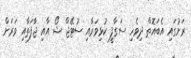
ރަށުގައި އެބައޮތް ދިވެހި ސަގާފީ ކުޅިވަރާއި ސުޓޭޖް ޝޯ އާއި ޖާފަތާއި ވަރަށް